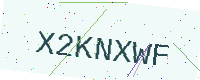
Text: X2KNXWF